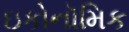
ઇકોનૉમિક